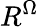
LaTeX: R^{\Omega}